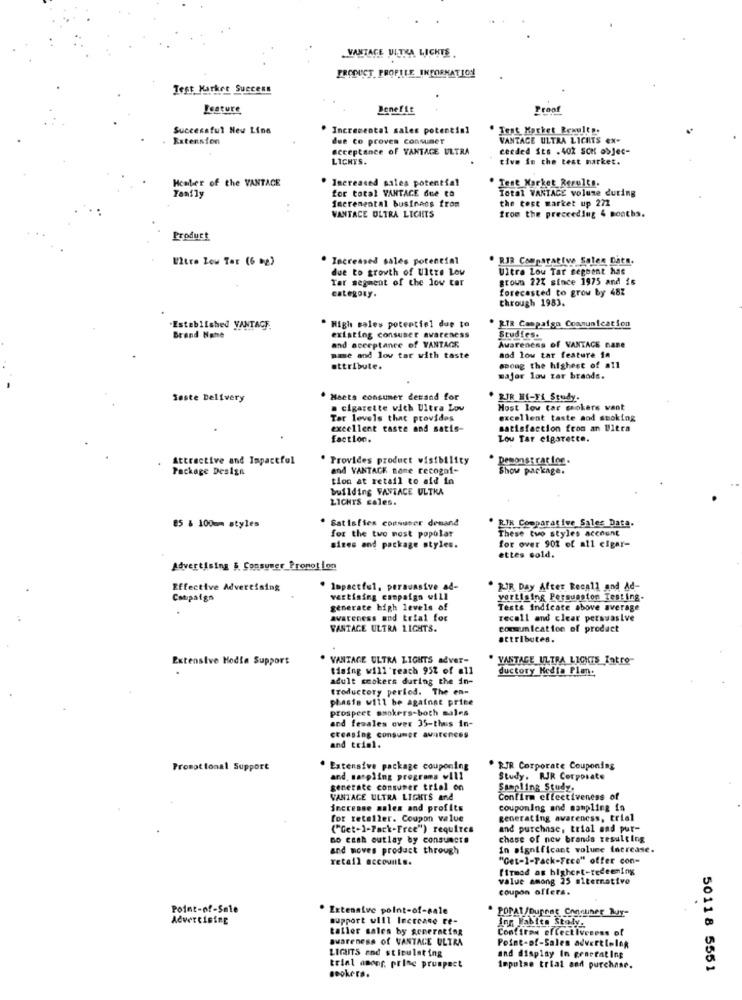
VANTAGE UIJTTRA LICHTE
PRODUCT PROPILE INFORMATION
Test Market Success
Feature
Benefit
Proof
Successful New Line
Incremental sales potentiel
Test Market Results.
. Extension
due co proves consumer
VANTAGE ULTRA LICHTS EX-
acceptance of VANTAGE ULTRA
ceeded Sts .402 SCH objec-
LICHYS.
tive in the test market.
Heater of the VANTAGE
Increased sales potential
Test Market Results.
for total VANTACE due to
Total VANTAGE volume during
Tamfly
the test market up 272
Iseremental business from
WANTACE ULTRA LIGHTS
from the preceeding 4 months.
Product
Utre Low Ter (6 bg)
Increased sales potencial
RIR Comparative Salen Dats.
due to growth of Ultre Low
Ultra Lou Tar segbent has
Tar segment of the low tar
grows 22% since 1975 and is
category.
forecasted to grow by 487
through 1983.
RIR Campaign Communication
-Established VANTAGE
High sales potentiel due to
Brand Nghe
existing consumer awareness
Avarenens of VANTAGE nane
Studies.
and acceptance of VANTAGE
mme and lov tar with taste
aod low tar feature 1.
attribute.
spong the highest of all
major lou zar brands.
Beste Delivery
. Meets consumer derand for
RIR HI-FI Study.
. cigarette vich Ultra Lov
Most low car cookers want
Tar levels that provides
excellent taste and smoking
excellent caste and satis-
satisfaction from an Uitra
faction.
Lou Tar cigarette.
Attractive and Impactful
Provides product visibility
Demonstrac for .
Package Design
and VANTACK none recogof-
Show package.
tion at retail to aid in
building VANTAGE ULTRA
LICHTS cales.
Satisfies consumer demand
RIK Comparative Sales Data.
85 & 100mm styles
for the two most popular
These two styles account
for over 902 of all cigar-
sizes and package styles.
ettes sold.
Advertising $ Consumer Pronot Lon
Effective Advertising
Impactful, persuasive ad-
· BIR Day After Recall and Ad-
Campaign
vertising campaign will
vertising Persuasion Testing-
generate bigh levels of
Tests Indicate above average
avareness and trial for
recall and clear persuasive
VANTAGE ULTRA LIGHTS.
communication of product
attributes.
Extensive Media Support
VANTAGE ULTRA LIGHTS adver-
" VANTACE ULTRA LIGHTS Tatro
tising will reach 95% of all
ductory Media Plon:
adult smokers during the in-
troductory period. The en-
phasie will be against prine
prospeet smokers-both males
and females over 35-thus in-
creasing consumer awareness
and trin1.
Promotional Support
. Extensive package couponing
RIR Corporate Couponing
and. matpling programs will
Study. RJR Corporate
generate consumer trial on
Sampling Study.
VANTAGE ULTRA LIGHTS and
Confirm effectiveness of
increase sales and profits
couponIng and mampling is
for reteller. Coupon value
generating awareness, trial
("Get-1-Pack-Free") requires
and purchase, trial and pur-
no cash outlay by consumcte
chase of new brands resulting
and moves product through
In significant volume increase.
retail accounts.
"Get-1-Pack-Free" offer con-
firmed as highert-redeeming
value among 25 alternative
coupon offers.
Point-of-Sale
Extensive point-of-sale
PORAT/Dupnat Connuher Buy-
Advertising
support will Increase te-
inn Fabito Stoly.
taller sales by seperating
Confirms effectiveness of
awareness of VANTAGE ULTRA
Point-of-Salen advertl-log
LIGITS and stimulating
and display In gearrating
trial anonr. princ pruspect
Bookera.
Impulse trial and purchase.
50118 5551